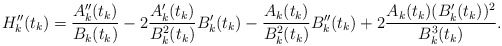
\begin{align*}H''_k(t_k)=\frac{A''_k(t_k)}{B_k(t_k)}-2\frac{A'_k(t_k)}{B^2_k(t_k)}B'_k(t_k)-\frac{A_k(t_k)}{B^2_k(t_k)}B''_k(t_k)+2\frac{A_k(t_k)(B'_k(t_k))^2}{B^3_k(t_k)}.\end{align*}